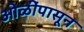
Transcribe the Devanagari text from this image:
ओळींपासून